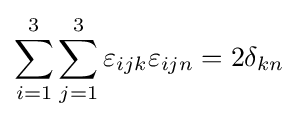
\sum _{i=1}^{3}\sum _{j=1}^{3}\varepsilon _{ijk}\varepsilon _{ijn}=2\delta _{kn}